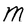
Character: M